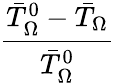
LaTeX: \frac{\bar{T}_{\Omega}^{0}-\bar{T}_{\Omega}}{\bar{T}_{\Omega}^{0}}